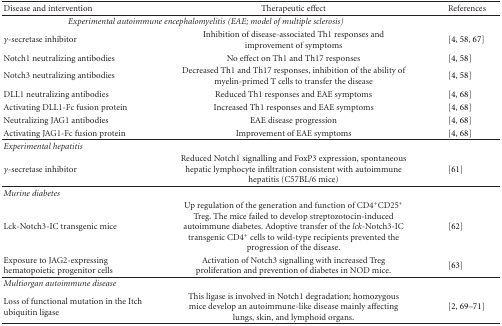
<table><thead><tr><td><b>Disease and intervention</b></td><td><b>Therapeutic effect</b></td><td><b>References</b></td></tr></thead><tbody><tr><td colspan="2"><i>Experimental autoimmune encephalomyelitis (EAE; model of multiple sclerosis)</i></td><td></td></tr><tr><td><i>γ</i>-secretase inhibitor</td><td>Inhibition of disease-associated Th1 responses and improvement of symptoms</td><td> [8, 58, 67]</td></tr><tr><td>Notch1 neutralizing antibodies</td><td>No effect on Th1 and Th17 responses</td><td> [8, 58]</td></tr><tr><td>Notch3 neutralizing antibodies</td><td>Decreased Th1 and Th17 responses, inhibition of the ability of myelin-primed T cells to transfer the disease</td><td> [8, 58]</td></tr><tr><td>DLL1 neutralizing antibodies</td><td>Reduced Th1 responses and EAE symptoms</td><td> [8, 68]</td></tr><tr><td>Activating DLL1-Fc fusion protein</td><td>Increased Th1 responses and EAE symptoms</td><td> [8, 68]</td></tr><tr><td>Neutralizing JAG1 antibodies</td><td>EAE disease progression</td><td> [8, 68]</td></tr><tr><td>Activating JAG1-Fc fusion protein</td><td>Improvement of EAE symptoms</td><td> [8, 68]</td></tr><tr><td><i>Experimental hepatitis</i></td><td></td><td></td></tr><tr><td><i>γ</i>-secretase inhibitor</td><td>Reduced Notch1 signalling and FoxP3 expression, spontaneous hepatic lymphocyte infiltration consistent with autoimmune hepatitis (C57BL/6 mice)</td><td> [61] </td></tr><tr><td><i>Murine diabetes</i></td><td></td><td></td></tr><tr><td>Lck-Notch3-IC transgenic mice</td><td>Up regulation of the generation and function of CD4<sup>+</sup>CD25<sup>+</sup> Treg. The mice failed to develop streptozotocin-induced autoimmune diabetes. Adoptive transfer of the <i>lck</i>-Notch3-IC transgenic CD4<sup>+</sup> cells to wild-type recipients prevented the progression of the disease.</td><td> [62]</td></tr><tr><td>Exposure to JAG2-expressing hematopoietic progenitor cells</td><td>Activation of Notch3 signalling with increased Treg proliferation and prevention of diabetes in NOD mice.</td><td> [63] </td></tr><tr><td><i>Multiorgan autoimmune disease</i></td><td></td><td></td></tr><tr><td>Loss of functional mutation in the Itch ubiquitin ligase</td><td>This ligase is involved in Notch1 degradation; homozygous mice develop an autoimmune-like disease mainly affecting lungs, skin, and lymphoid organs.</td><td> [2, 69–71]</td></tr></tbody></table>